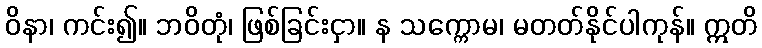
ဝိနာ၊ ကင်း၍။ ဘဝိတုံ၊ ဖြစ်ခြင်းငှာ။ န သက္ကောမ၊ မတတ်နိုင်ပါကုန်။ ဣတိ